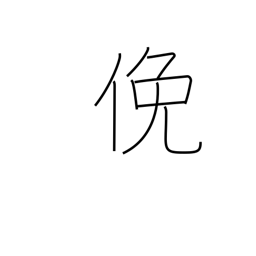
Meaning: diligent